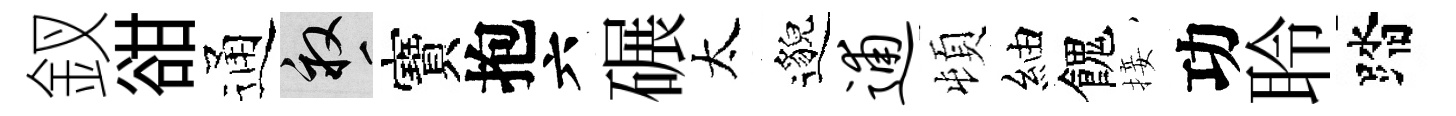
釵𧮳通畝寶抱六碾太邈逋頓紬餽接功聆踏